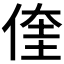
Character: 𮰀